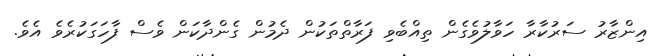
އިންޒާރު ސަރުކާރާ ހަވާލުވެގެން ތިއްބެވި ފަރާތްތަކުން ދެމުން ގެންދާކަން ވެސް ފާހަގަކުރެވެ އެވެ.